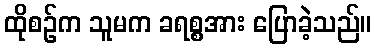
ထိုစဉ်က သူမက ခရစ္စအား ပြောခဲ့သည်။